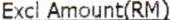
EXCL AMOUNT(RM)